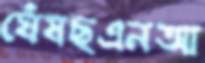
ঘেঁষছএনআ